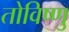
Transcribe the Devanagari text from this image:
तोविष्णु